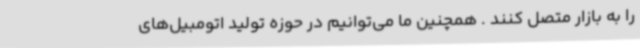
را به بازار متصل کنند . همچنین ما می‌توانیم در حوزه تولید اتومبیل‌های